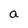
Character: a